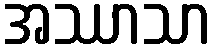
အဿာသာ